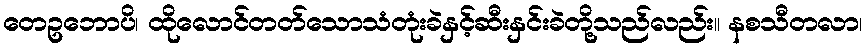
တေဥဘောပိ၊ ထိုလောင်တတ်သောသံတုံးခဲနှင့်ဆီးနှင်းခဲတို့သည်လည်း။ နစသီတလာ၊